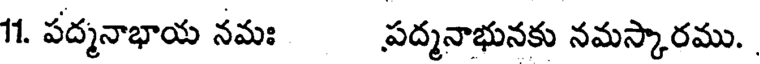
11. పద్మనాభాయ నమః పద్మనాభునకు నమస్కారము.